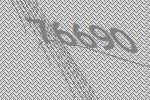
76690